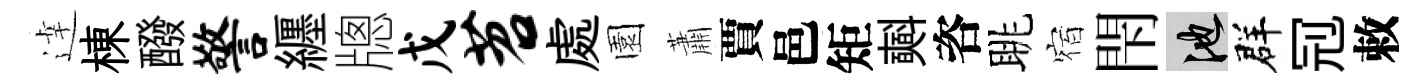
逹棟醱警纒牕戊苕處園蕭賈邑矩𣂏咨眺宿閇池群𠜍敕